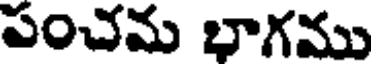
పంచమ భాగము